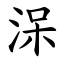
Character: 㳭